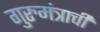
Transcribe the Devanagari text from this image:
गुरुमंत्राची